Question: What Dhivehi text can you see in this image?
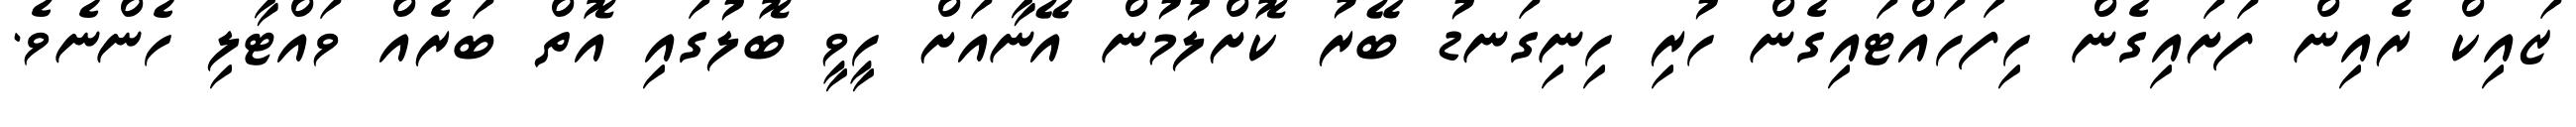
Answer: ޒައިކް ރެއިން ފަށައިގެން ހިފަހައްޓައިގެން ހުރި ހިނިގަނޑު ބޭރު ކޮށްލުމުން އޭނާއަށް ހީވީ ބޮލުގައި އޮތް ބަރެއް ވައްޓާލި ހެންނެވެ.